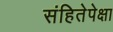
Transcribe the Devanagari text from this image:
संहितेपेक्षा